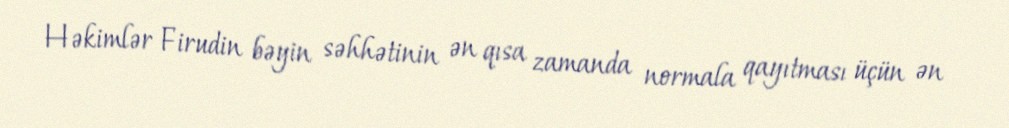
Həkimlər Firudin bəyin səhhətinin ən qısa zamanda normala qayıtması üçün ən